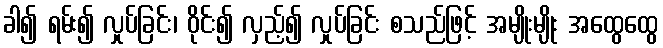
ခါ၍ ရမ်း၍ လှုပ်ခြင်း၊ ဝိုင်း၍ လှည့်၍ လှုပ်ခြင်း စသည်ဖြင့် အမျိုးမျိုး အထွေထွေ